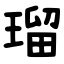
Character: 瑠